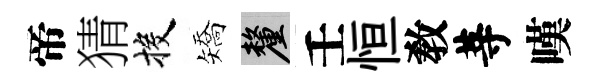
帝猜投矯厘壬恒敎䓁嘆